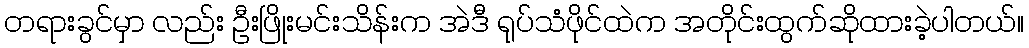
တရားခွင်မှာ လည်း ဦးဖြိုးမင်းသိန်းက အဲဒီ ရုပ်သံဖိုင်ထဲက အတိုင်းထွက်ဆိုထားခဲ့ပါတယ်။